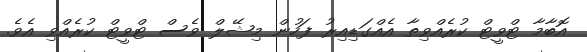
އޮބާމާ ޓްވީޓް ކުރެއްވިތާ އެއްގަޑިއިރު ފަހުން މިޝޭލް ވެސް ޓްވީޓް ކުރެއްވި އެވެ.